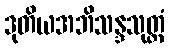
ဒုတိယအဘိသန္ဒသုတ္တံ